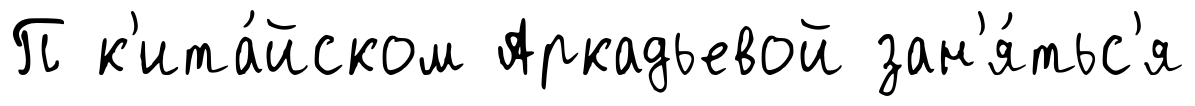
П к'ита́йском Аркадьевой зан'я́тьс'я